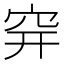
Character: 𥤴